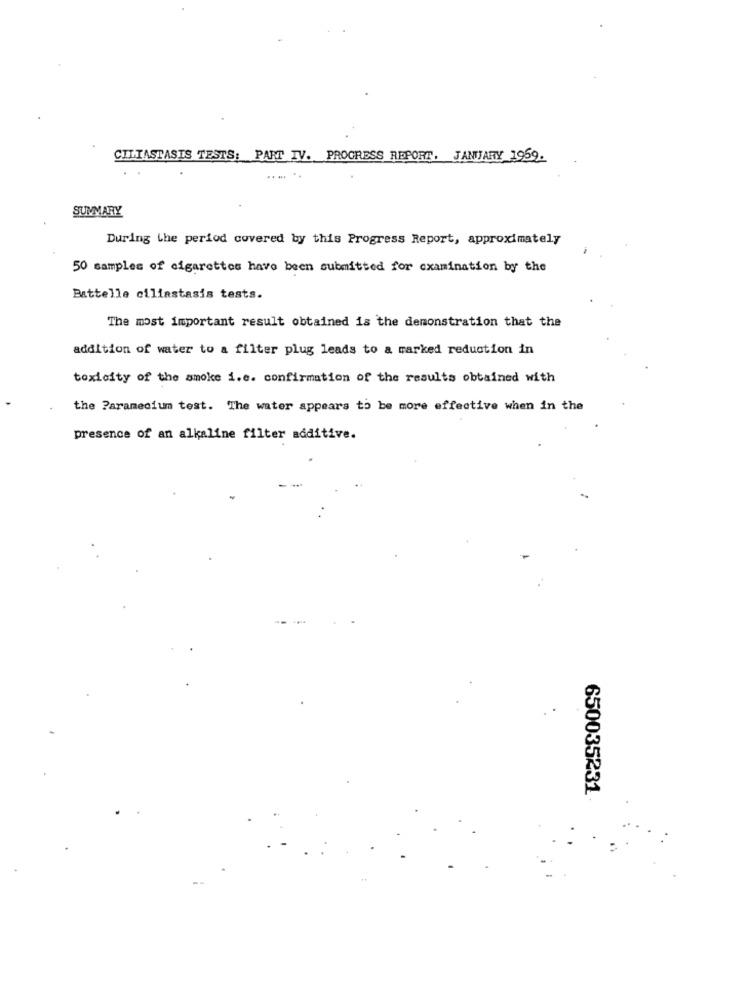
CILIASTASIS TESTS: PART IV. PROGRESS REPORT, JANUARY 1959.
SUMMARY
During the period covered by this Progress Report, approximately
50 samples of cigarettes have been submitted for examination by the
Battelle ciliastasis tests.
The most important result obtained is the demonstration that the
addition of water to a filter plug leads to a marked reduction in
toxicity of the smoke i.e. confirmation of the results obtained with
the Paramecium test. The water appears to be more effective when in the
presence of an alkaline filter additive.
650035231